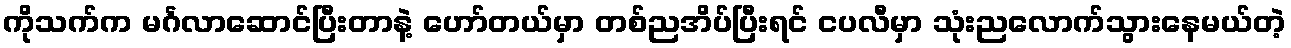
ကိုသက်က မင်္ဂလာဆောင်ပြီးတာနဲ့ ဟော်တယ်မှာ တစ်ညအိပ်ပြီးရင် ငပလီမှာ သုံးညလောက်သွားနေမယ်တဲ့